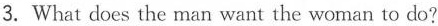
3.What does the man want the woman to do?